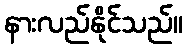
နားလည်နိုင်သည်။